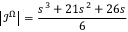
\left| \mathcal { I } ^ { \Omega } \right| = \frac { s ^ { 3 } + 2 1 s ^ { 2 } + 2 6 s } { 6 }